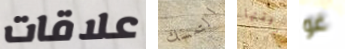
علاقات التمسك برفقتها غو